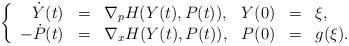
LaTeX: \begin{align*}\left\{\begin{array}{rllrrl}\dot{Y}(t)&=& \nabla_p H (Y(t),P(t)), & Y(0)&=&\xi, \\-\dot{P}(t)&=& \nabla_x H (Y(t),P(t)), & P(0)&=&g(\xi).\end{array}\right.\end{align*}